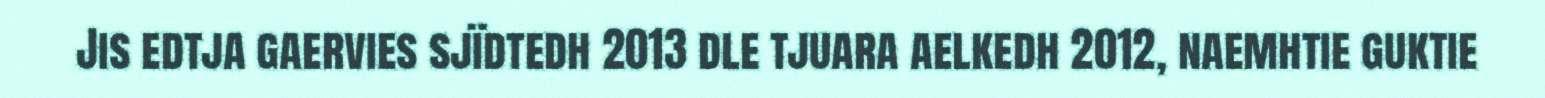
Jis edtja gaervies sjïdtedh 2013 dle tjuara aelkedh 2012, naemhtie guktie